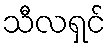
သီလရှင်